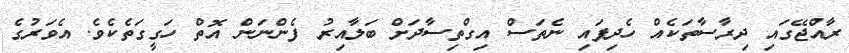
ރާއްޖޭގައި ދިރާސާތަކެއް ހެދިފައި ނެތަސް އިގްތިސާދަށް ބަލާއިރު ފެންނަން އޮތް ހަގީގަތެކެވެ. އެވަރުގެ